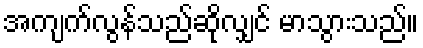
အကျက်လွန်သည်ဆိုလျှင် မာသွားသည်။